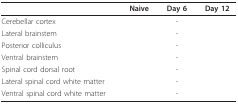
<table><thead><tr><td>[EMPTY_CELL]</td><td><b>Naive</b></td><td><b>Day 6</b></td><td><b>Day 12</b></td></tr></thead><tbody><tr><td>Cerebellar cortex</td><td>[EMPTY_CELL]</td><td>-</td><td>[EMPTY_CELL]</td></tr><tr><td>Lateral brainstem</td><td>[EMPTY_CELL]</td><td>-</td><td>[EMPTY_CELL]</td></tr><tr><td>Posterior colliculus</td><td>[EMPTY_CELL]</td><td>-</td><td>[EMPTY_CELL]</td></tr><tr><td>Ventral brainstem</td><td>[EMPTY_CELL]</td><td>-</td><td>[EMPTY_CELL]</td></tr><tr><td>Spinal cord dorsal root</td><td>[EMPTY_CELL]</td><td>-</td><td>[EMPTY_CELL]</td></tr><tr><td>Lateral spinal cord white matter</td><td>[EMPTY_CELL]</td><td>-</td><td>[EMPTY_CELL]</td></tr><tr><td>Ventral spinal cord white matter</td><td>[EMPTY_CELL]</td><td>-</td><td>[EMPTY_CELL]</td></tr></tbody></table>